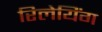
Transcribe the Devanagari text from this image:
रिलेयिंग